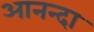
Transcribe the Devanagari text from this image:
आनन्दा